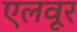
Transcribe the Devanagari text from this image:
एलवूर